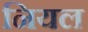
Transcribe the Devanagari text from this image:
नियल